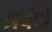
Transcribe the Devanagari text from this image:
प्रबंधे